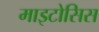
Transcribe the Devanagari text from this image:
माइटोसिस